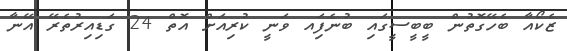
ޒެކޯއާ ބެހޭގޮތުން ބީބީސީގައި ބުނެފަިއ ވަނީ ކުރިއަށް އޮތް 24 ގަޑިއިރުތެރޭ އޭނާ